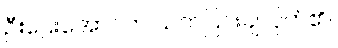
ဦးဌေးအောင်က သက်ပြင်းချလိုက်၏။